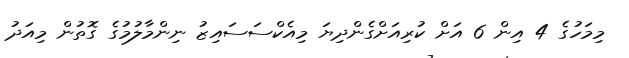
މިމަހުގެ 4 އިން 6 އަށް ކުރިއަށްގެންދިޔަ މިއެކްސަސައިޒު ނިންމާލުމުގެ ގޮތުން މިއަދު